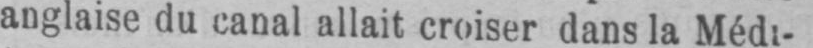
anglaise du canal allait croiser dans la Médi-